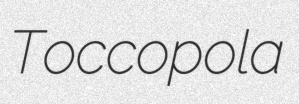
Toccopola